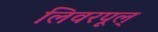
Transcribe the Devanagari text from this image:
लिवरपूल्